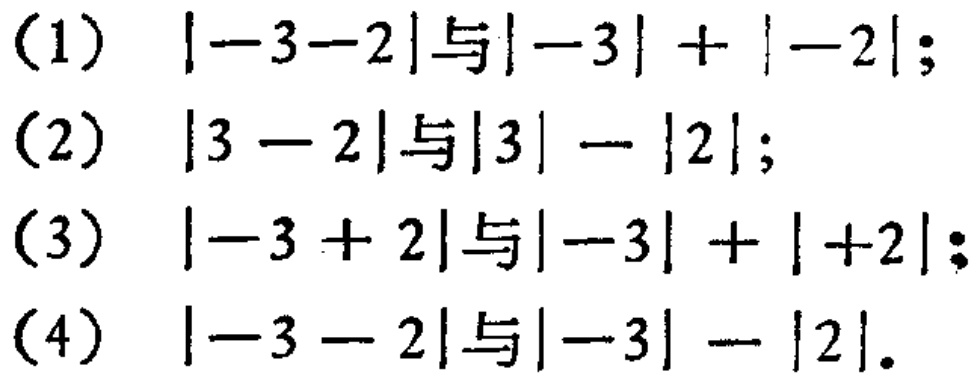
（1）\(\vert -3 - 2\vert\)与\(\vert -3\vert+\vert -2\vert\)；
（2）\(\vert 3 - 2\vert\)与\(\vert 3\vert-\vert 2\vert\)；
（3）\(\vert -3 + 2\vert\)与\(\vert -3\vert+\vert +2\vert\)；
（4）\(\vert -3 - 2\vert\)与\(\vert -3\vert-\vert 2\vert\)。